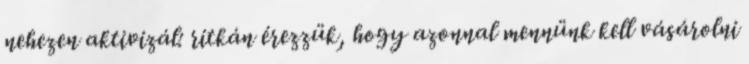
nehezen aktivizál: ritkán érezzük, hogy azonnal mennünk kell vásárolni